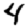
Digit: 4